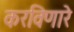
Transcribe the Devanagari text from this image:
करविणारे